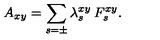
A _ { x y } = \sum _ { s = \pm } \lambda _ { s } ^ { x y } \: F _ { s } ^ { x y } .